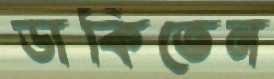
ডাকিতেন